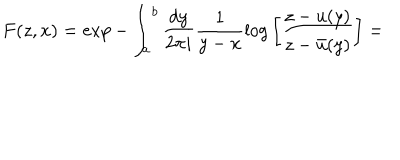
F ( z , x ) = \exp - \int _ { a } ^ { b } \frac { d y } { 2 \pi i } \frac { 1 } { y - x } \log \bigg [ \frac { z - u ( y ) } { z - \bar { u } ( y ) } \bigg ] =